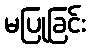
မပြုခြင်း